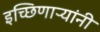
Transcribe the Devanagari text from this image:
इच्छिणाऱ्यांनी